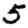
Digit: 5